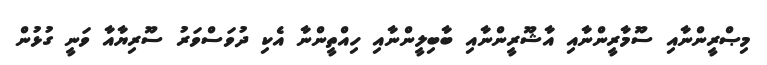
މިޞްރީންނާއި ސޫމާރީންނާއި އާޝޫރީންނާއި ބާބިލީންނާއި ހިއްތީންނާ އެކި ދުވަސްވަރު ސޫރިޔާއާ ވަނީ ގުޅުން